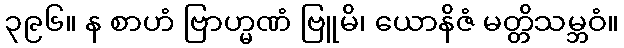
၃၉၆။ န စာဟံ ဗြာဟ္မဏံ ဗြူမိ၊ ယောနိဇံ မတ္တိသမ္ဘဝံ။